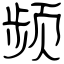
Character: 频